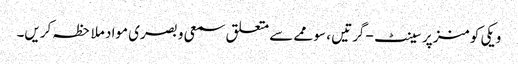
ویکی کومنز پر سینٹ-گرتیں ، سوممے سے متعلق سمعی و بصری مواد ملاحظہ کریں۔